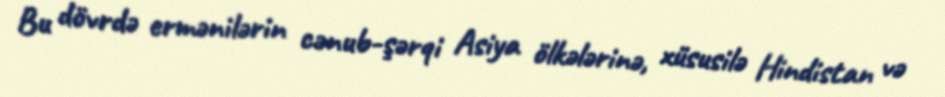
Bu dövrdə ermənilərin cənub-şərqi Asiya ölkələrinə, xüsusilə Hindistan və